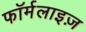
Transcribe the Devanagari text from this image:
फॉर्मलाइज़